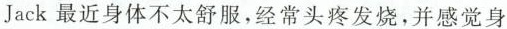
Jack最近身体不太舒服，经常头疼发烧，并感觉身